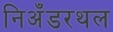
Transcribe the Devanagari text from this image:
निअँडरथल